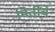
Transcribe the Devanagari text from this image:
मितींचे